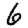
Digit: 6